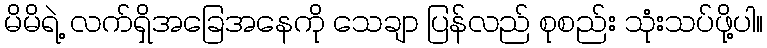
မိမိရဲ့ လက်ရှိအခြေအနေကို သေချာ ပြန်လည် စုစည်း သုံးသပ်ဖို့ပါ။